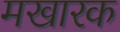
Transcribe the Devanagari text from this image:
मखारक